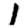
Digit: 1